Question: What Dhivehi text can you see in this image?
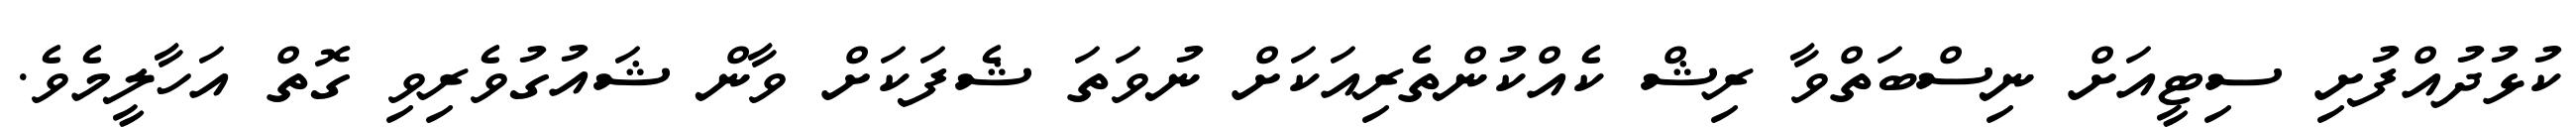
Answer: ކުޅުދުއްފުށި ސިޓީއަށް ނިސްބަތްވާ ރިޝް ކެއްކުންތެރިއަކަށް ނުވަތަ ޝެފަކަށް ވާން ޝައުގުވެރިވި ގޮތް އަހާލީމެވެ.